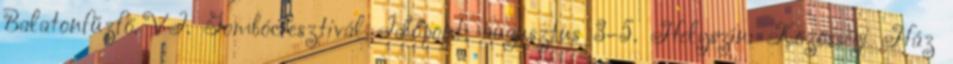
Balatonfűzfő. VI. Gombócfesztivál Időpont: augusztus 3–5. Helyszín: Közösségi Ház